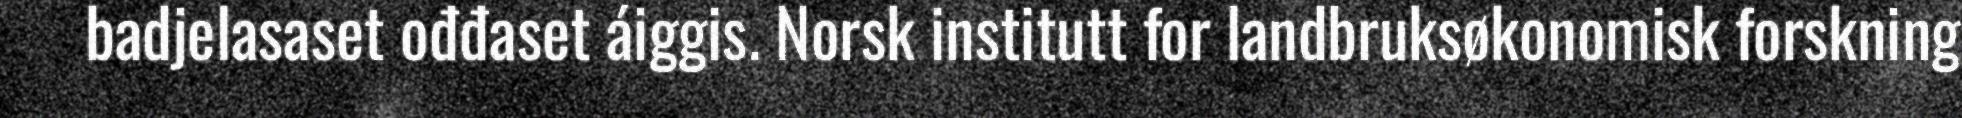
badjelasaset ođđaset áiggis. Norsk institutt for landbruksøkonomisk forskning